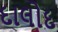
દાલોદ